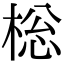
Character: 棇